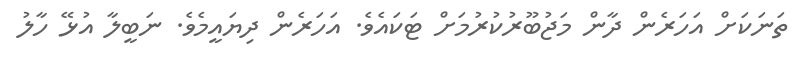
ތަނަކަށް އަހަރެން ދާން މަޖުބޫރުކުރުމަށް ޓަކައެވެ. އަހަރެން ދިޔައީމެވެ. ނަބީލާ އުޅޭ ހާލު